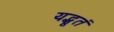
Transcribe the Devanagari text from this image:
यद्भूतं